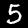
Digit: 5